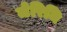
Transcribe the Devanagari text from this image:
जेरिमि